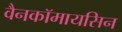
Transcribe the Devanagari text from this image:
वैनकॉमायसिन